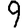
Digit: 9